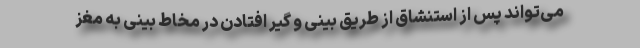
می‌تواند پس از استنشاق از طریق بینی و گیر افتادن در مخاط بینی به مغز